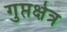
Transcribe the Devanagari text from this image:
गुप्तक्षेत्र